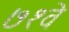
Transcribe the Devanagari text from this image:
७१वे